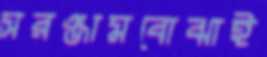
সরঞ্জামবোঝাই